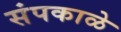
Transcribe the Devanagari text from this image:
संपकाळे